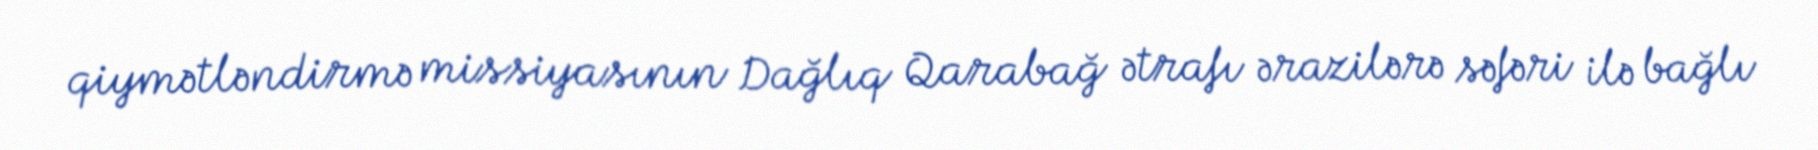
qiymətləndirmə missiyasının Dağlıq Qarabağ ətrafı ərazilərə səfəri ilə bağlı